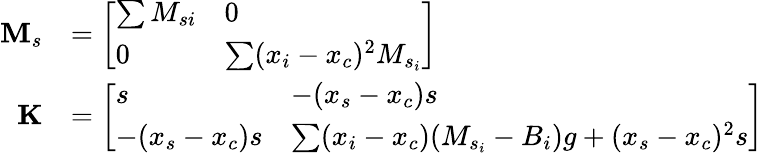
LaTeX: \begin{array}{rl}{\mathbf{M}_{s}}&{=\left[\begin{array}{ll}{\sum M_{si}}&{0}\\ {0}&{\sum(x_{i}-x_{c})^{2}M_{s_{i}}}\end{array}\right]}\\ {\mathbf{K}}&{=\left[\begin{array}{ll}{s}&{-(x_{s}-x_{c})s}\\ {-(x_{s}-x_{c})s}&{\sum(x_{i}-x_{c})(M_{s_{i}}-B_{i})g+(x_{s}-x_{c})^{2}s}\end{array}\right]}\end{array}